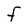
Character: F